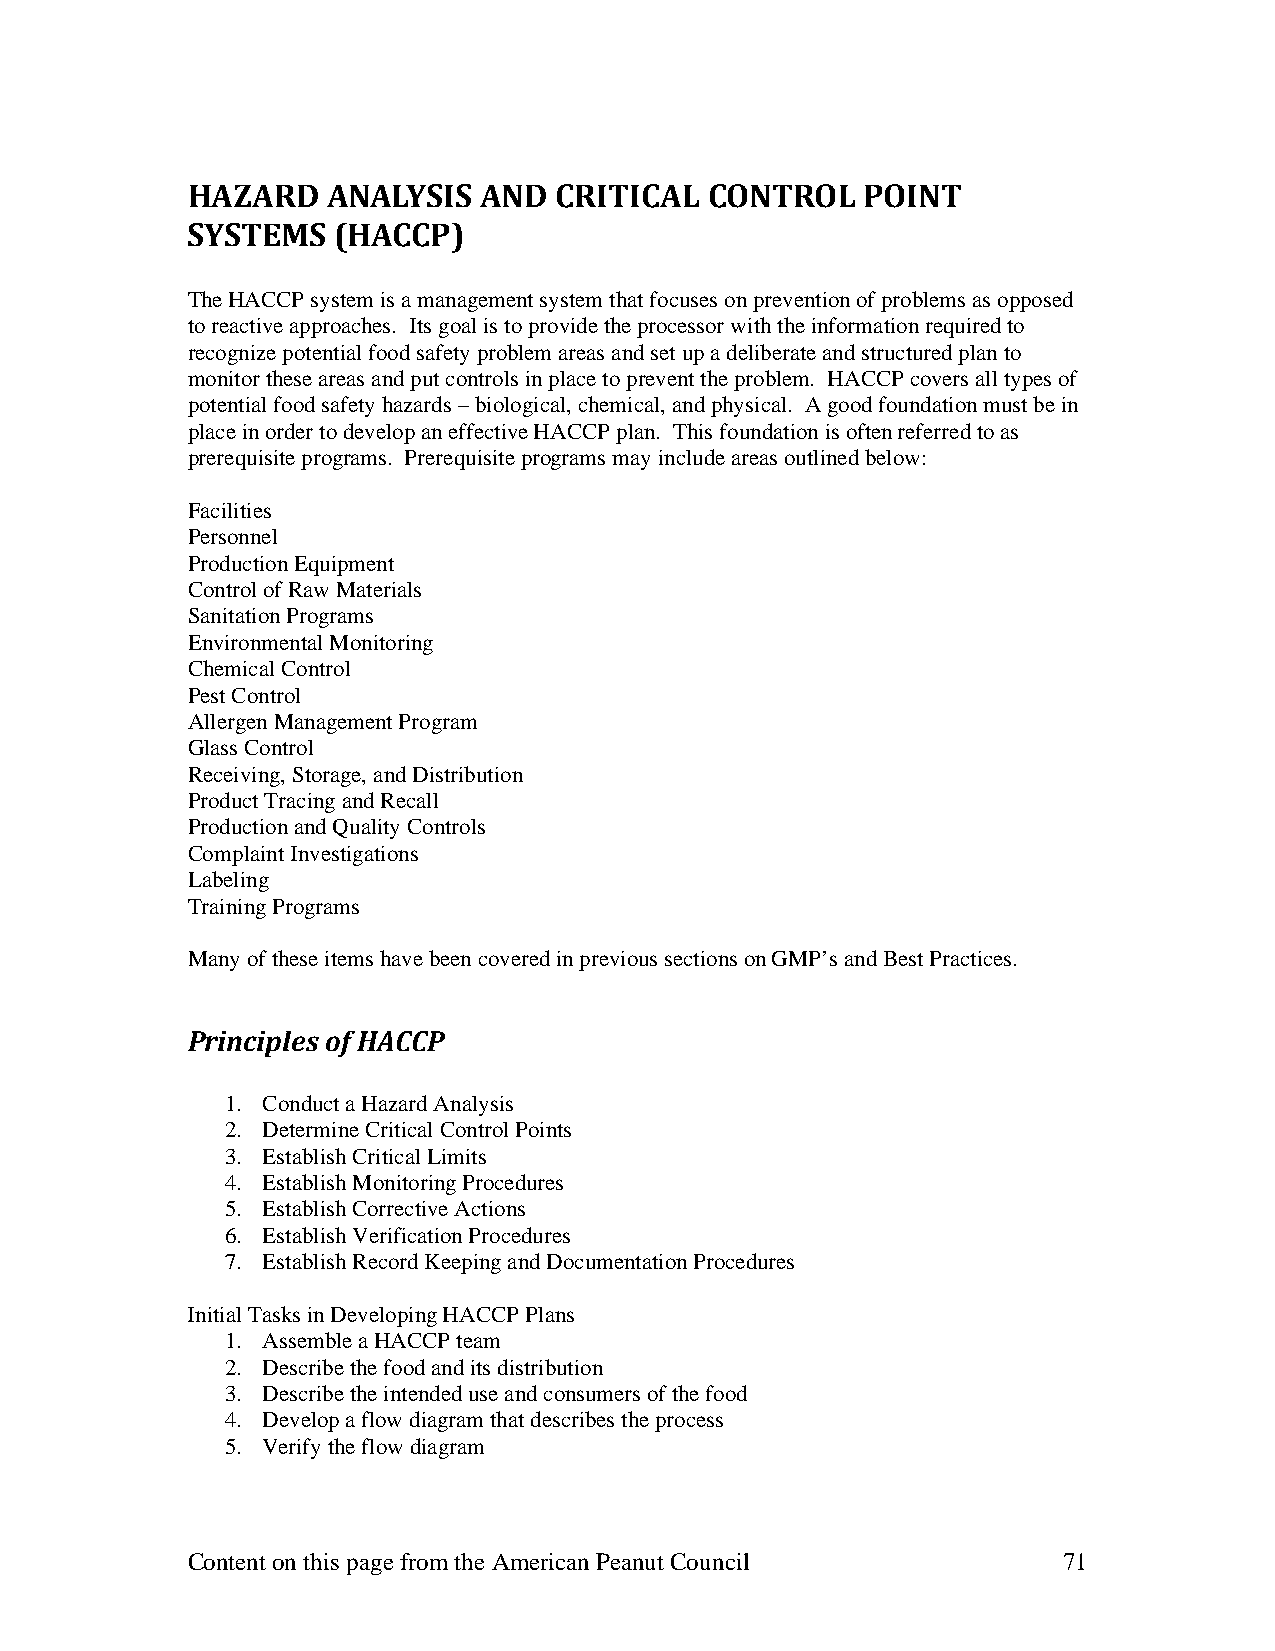
HAZARD    ANALYSIS  AND  CRITICAL  CONTROL   POINT
 SYSTEMS   (HACCP)
 The HACCP system is a management system that focuses on prevention of problems as opposed
 to reactive approaches. Its goal is to provide the processor with the information required to
 recognize potential food safety problem areas and set up a deliberate and structured plan to
 monitor these areas and put controls in place to prevent the problem. HACCP covers all types of
 potential food safety hazards – biological, chemical, and physical. A good foundation must be in
 place in order to develop an effective HACCP plan. This foundation is often referred to as
 prerequisite programs. Prerequisite programs may include areas outlined below:
 Facilities
 Personnel
 Production Equipment
 Control of Raw Materials
 Sanitation Programs
 Environmental Monitoring
 Chemical Control
 Pest Control
 Allergen Management Program
 Glass Control
 Receiving, Storage, and Distribution
 Product Tracing and Recall
 Production and Quality Controls
 Complaint Investigations
 Labeling
 Training Programs
 Many of these items have been covered in previous sections on GMP’s and Best Practices.
 Principles of HACCP
 1. Conduct a Hazard Analysis
 2. Determine Critical Control Points
 3. Establish Critical Limits
 4. Establish Monitoring Procedures
 5. Establish Corrective Actions
 6. Establish Verification Procedures
 7. Establish Record Keeping and Documentation Procedures
 Initial Tasks in Developing HACCP Plans
 1. Assemble a HACCP team
 2. Describe the food and its distribution
 3. Describe the intended use and consumers of the food
 4. Develop a flow diagram that describes the process
 5. Verify the flow diagram
 Content on this page from the American Peanut Council     71